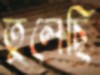
তুলেছি